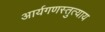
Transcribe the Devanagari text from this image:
आर्यगणस्तुत्याय